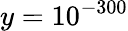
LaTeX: {y=10^{-300}}